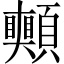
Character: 𩖀